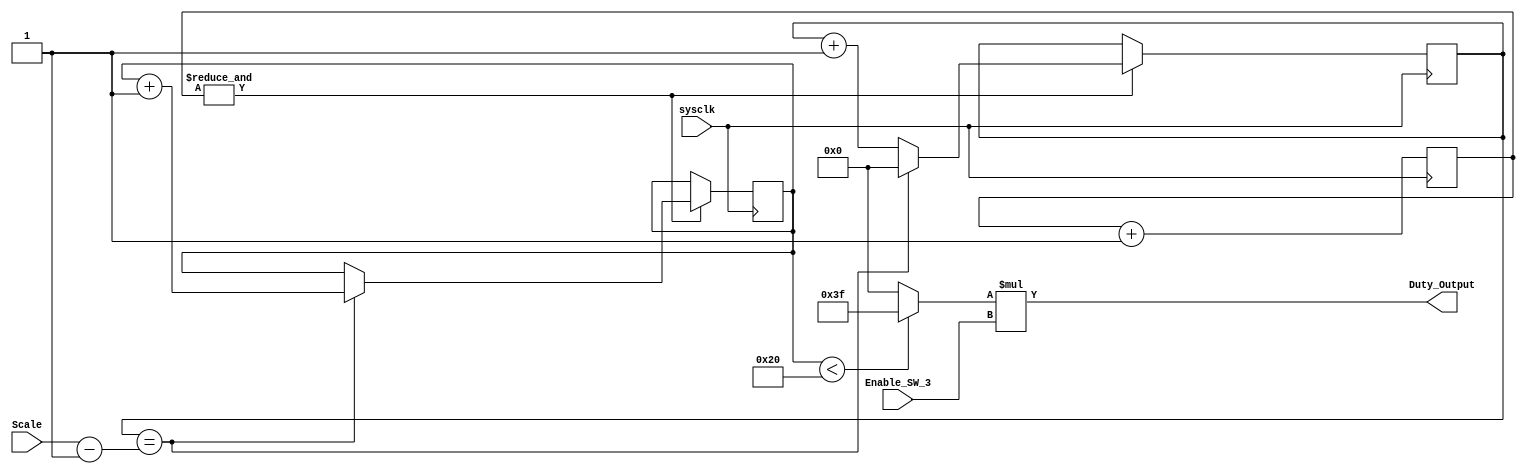
module Squarewave_Generator(input wire sysclk,
input wire Enable_SW_3,
input wire [5:0] Scale,
output wire [5:0] Duty_Output);

reg [5:0] count = 0;
reg [5:0] DC_Index = 0;
reg [5:0] Duty_Cycle =0;
reg [5:0] Index_Count = 0;	

assign Duty_Output = Duty_Cycle * Enable_SW_3;

always @(posedge sysclk)begin
	count<=count+1'b1;
	if (&count==1) begin 
		DC_Index<=DC_Index+1'b1;
		if (DC_Index ==  (Scale - 6'b1)) begin
			Index_Count <= Index_Count + 1'b1;
			DC_Index <=1'b0;
		end
	end
end

always @(*) begin
	if (Index_Count <6'd32)
		Duty_Cycle <= 6'd63; 
	else
		Duty_Cycle <= 6'b0;
end	
endmodule